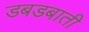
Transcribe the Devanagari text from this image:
डबडबाती